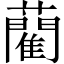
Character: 藺